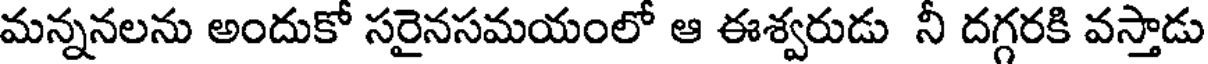
మన్ననలను అందుకో సరైనసమయంలో ఆ ఈశ్వరుడు నీ దగ్గరకి వస్తాడు